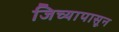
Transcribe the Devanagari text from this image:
जिच्यापासून